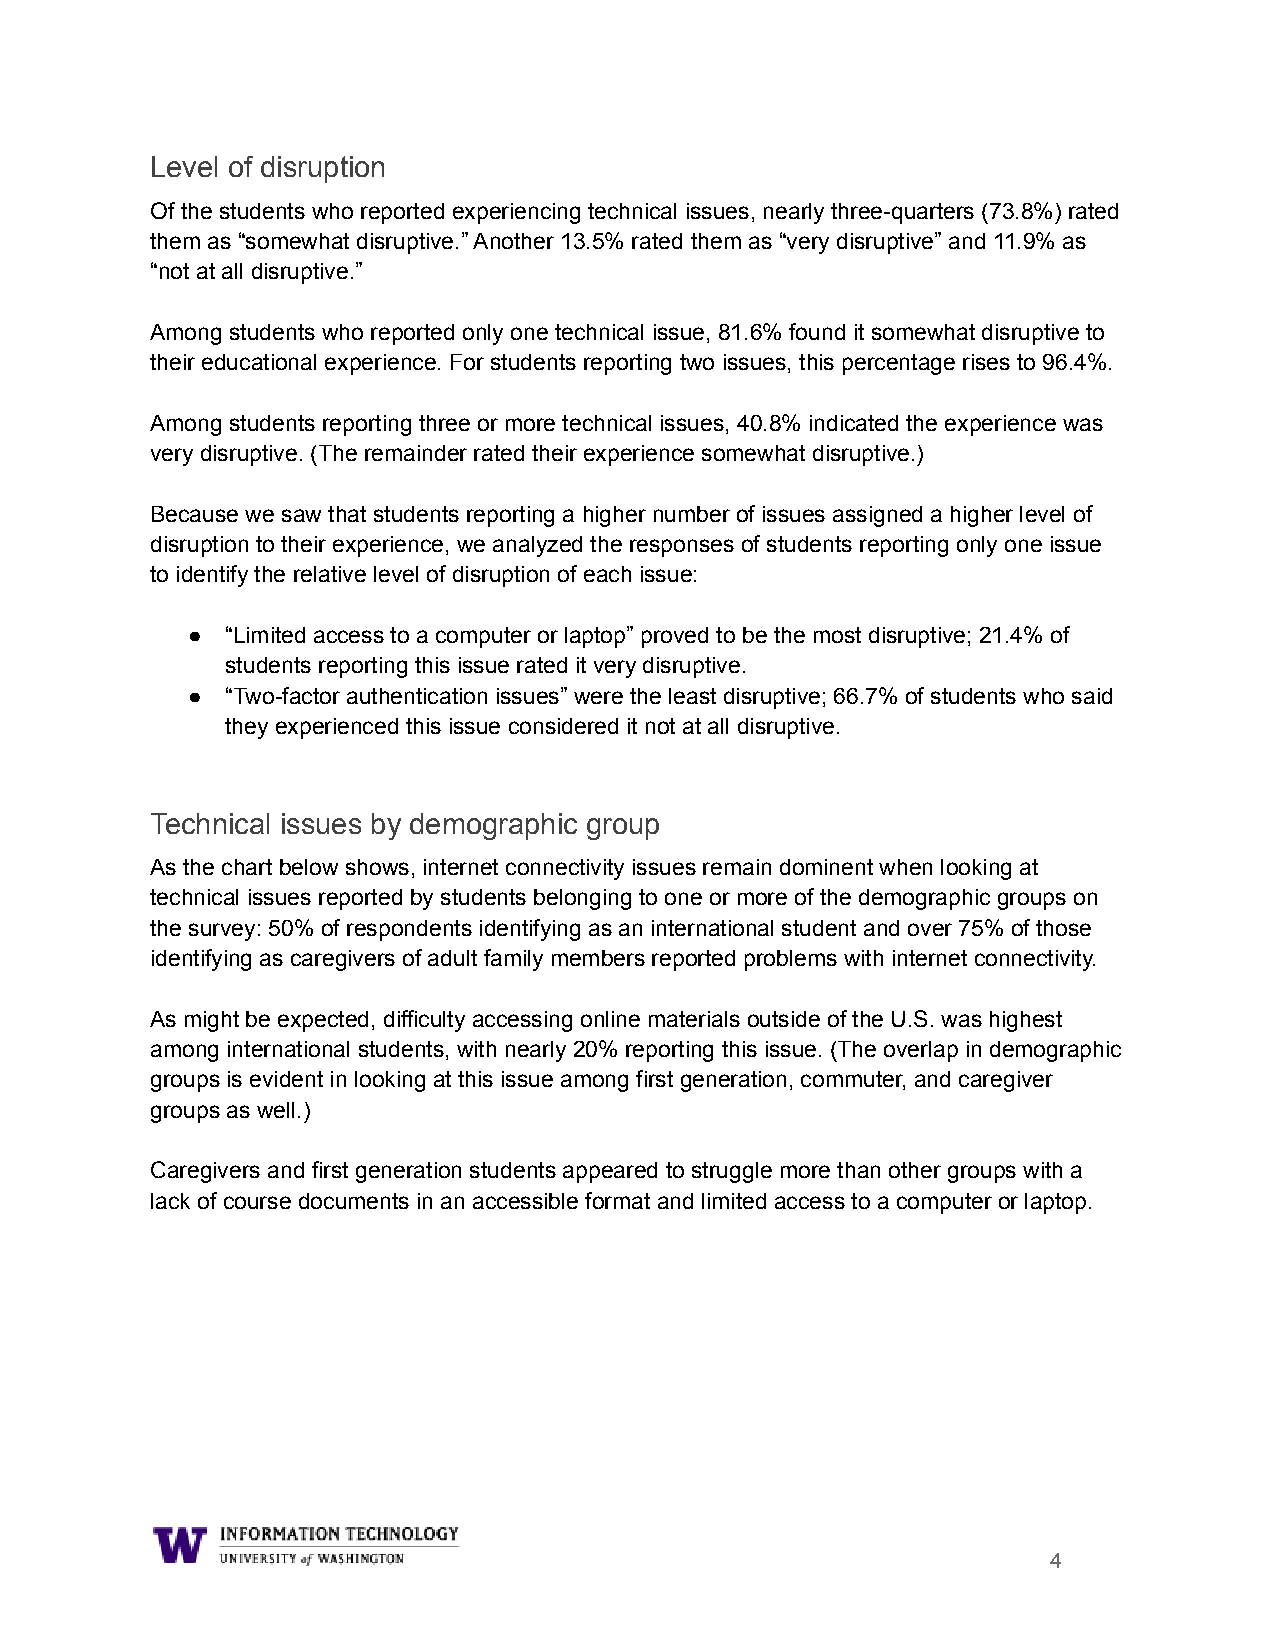
Level of disruption
 Of the students who reported experiencing technical issues, nearly three-quarters (73.8%) rated
 them as “somewhat disruptive.” Another 13.5% rated them as “very disruptive” and 11.9% as
 “not at all disruptive.”
 Among students who reported only one technical issue, 81.6% found it somewhat disruptive to
 their educational experience. For students reporting two issues, this percentage rises to 96.4%.
 Among students reporting three or more technical issues, 40.8% indicated the experience was
 very disruptive. (The remainder rated their experience somewhat disruptive.)
 Because we saw that students reporting a higher number of issues assigned a higher level of
 disruption to their experience, we analyzed the responses of students reporting only one issue
 to identify the relative level of disruption of each issue:
 ●  “Limited access to a computer or laptop” proved to be the most disruptive; 21.4% of
 students reporting this issue rated it very disruptive.
 ●  “Two-factor authentication issues” were the least disruptive; 66.7% of students who said
 they experienced this issue considered it not at all disruptive.
 Technical issues by demographic group
 As the chart below shows, internet connectivity issues remain dominent when looking at
 technical issues reported by students belonging to one or more of the demographic groups on
 the survey: 50% of respondents identifying as an international student and over 75% of those
 identifying as caregivers of adult family members reported problems with internet connectivity.
 As might be expected, difficulty accessing online materials outside of the U.S. was highest
 among international students, with nearly 20% reporting this issue. (The overlap in demographic
 groups is evident in looking at this issue among first generation, commuter, and caregiver
 groups as well.)
 Caregivers and first generation students appeared to struggle more than other groups with a
 lack of course documents in an accessible format and limited access to a computer or laptop.
 4